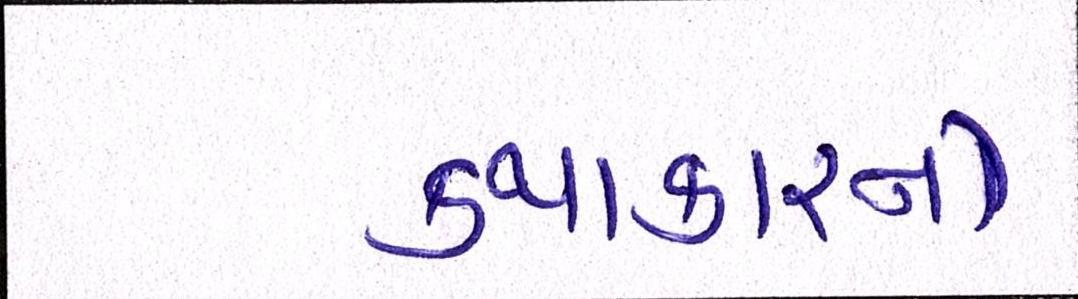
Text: કથાકારનો